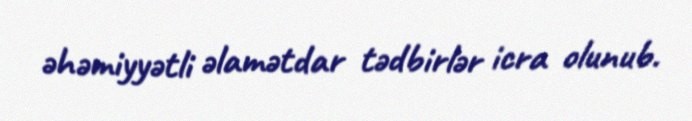
əhəmiyyətli əlamətdar tədbirlər icra olunub.